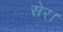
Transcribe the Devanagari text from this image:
सेर।